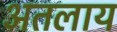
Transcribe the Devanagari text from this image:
अतलाय